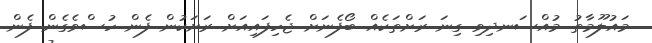
މައުލޫމާތު މުއްސަނދިވި ގިނަ ރަށްތަކެއް ބޯފެނަށް ޖެހިފައިއަށް ރަށަކުން ފެން ހުސްވެގެން ފެން